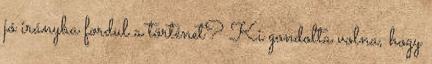
jó irányba fordul a történet? Ki gondolta volna, hogy